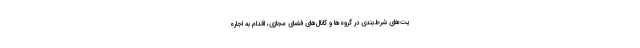
یت‌های شرط‌بندی در گروه‌ها و کانال‌های فضای مجازی، اقدام به اجاره